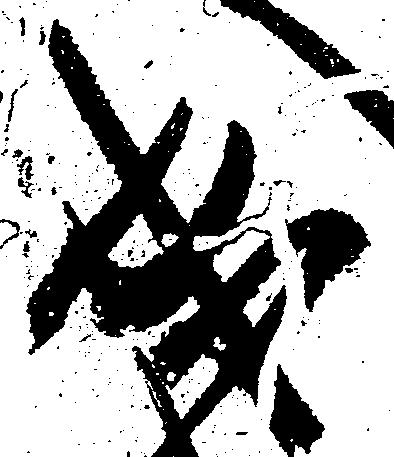
成